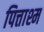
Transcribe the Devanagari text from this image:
पित्ताश्म